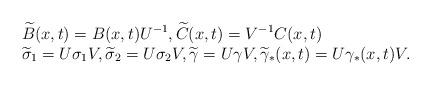
LaTeX: \begin{align*} \begin{array}{ll}\widetilde B(x,t) = B(x,t) U^{-1}, \widetilde C(x,t) = V^{-1} C(x,t)\\\widetilde \sigma_1 = U \sigma_1 V, \widetilde \sigma_2 = U \sigma_2 V, \widetilde \gamma = U \gamma V, \widetilde \gamma_*(x,t) = U \gamma_*(x,t) V.\end{array} \end{align*}